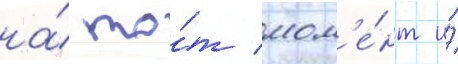
на́ то́т мом'е́нт и́